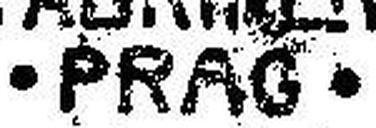
• PRAG •